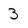
Character: 3